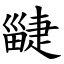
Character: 疀